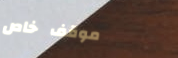
موقف خاص